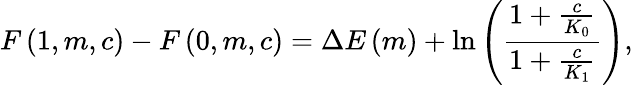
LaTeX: F\left(1,m,c\right)-F\left(0,m,c\right)=\Delta E\left(m\right)+\ln\left(\frac{1+\frac{c}{K_{0}}}{1+\frac{c}{K_{1}}}\right),